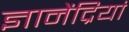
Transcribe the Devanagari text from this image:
ज्ञानेंद्रियां